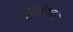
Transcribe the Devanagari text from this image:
निदेशल